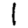
Digit: 1